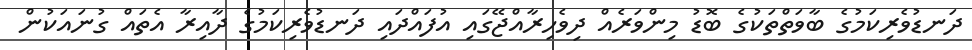
ދަނޑުވެރިކަމުގެ ބާވަތްތަކުގެ ބޮޑު މިންވަރެއް ދިވެހިރާއްޖޭގައި އުފައްދައި ދަނޑުވެރިކަމުގެ ދާއިރާ އެތައް ގުނައަކުން